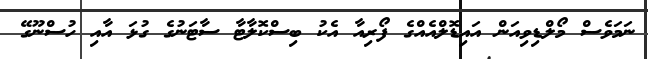
ނަމަވެސް މޯލްޑިވިއަން އައިޑޮލްއެއްގެ ފޯރިއާ އެކު ބިސްކޮލާޓާ ސާޓަނުގެ ގުޅަ އާއި ހުސްނޫގޭ